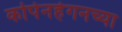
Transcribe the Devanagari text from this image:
कोपेनहेगनच्या